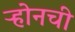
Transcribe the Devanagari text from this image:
ऱ्होनची